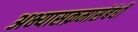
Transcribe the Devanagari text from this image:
अभ्यासक्रमासंबंधी